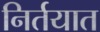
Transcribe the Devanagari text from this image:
निर्तयात